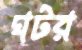
ঘটর